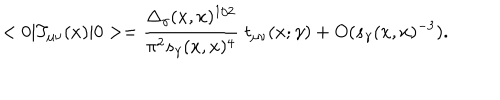
< 0 | T _ { \mu \nu } ( x ) | 0 > = { \frac { \Delta _ { \gamma } ( x , x ) ^ { 1 / 2 } } { \pi ^ { 2 } s _ { \gamma } ( x , x ) ^ { 4 } } } \; t _ { \mu \nu } ( x ; \gamma ) + O ( s _ { \gamma } ( x , x ) ^ { - 3 } ) .